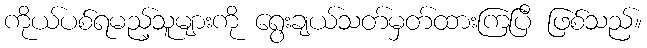
ကိုယ်ပစ်ရမည့်သူများကို ရွေးချယ်သတ်မှတ်ထားကြပြီ ဖြစ်သည်။